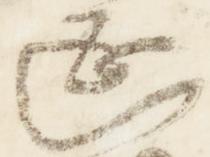
延